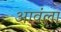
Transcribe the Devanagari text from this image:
आवंला